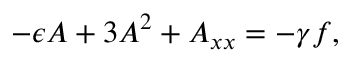
- \epsilon A + 3 A ^ { 2 } + A _ { x x } = - \gamma f ,